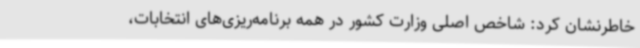
خاطرنشان کرد: شاخص اصلی وزارت کشور در همه برنامه‌ریزی‌های انتخابات،